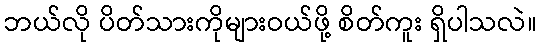
ဘယ်လို ပိတ်သားကိုများဝယ်ဖို့ စိတ်ကူး ရှိပါသလဲ။